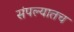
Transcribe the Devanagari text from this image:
संपल्यातच